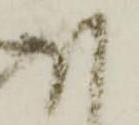
ほ